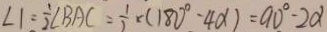
\angle 1 = \frac { 1 } { 2 } \angle B A C = \frac { 1 } { 2 } \times ( 1 8 0 ^ { \circ } - 4 \alpha ) = 9 0 ^ { \circ } - 2 \alpha